Bréfritari: Sigríður Pálsdóttir
Viðtakandi: Páll Pálsson
Dagsetning: A-1845-01-18
Skrifað á: Síðumúla  Mýr.
Páll var bróðir Sigríðar

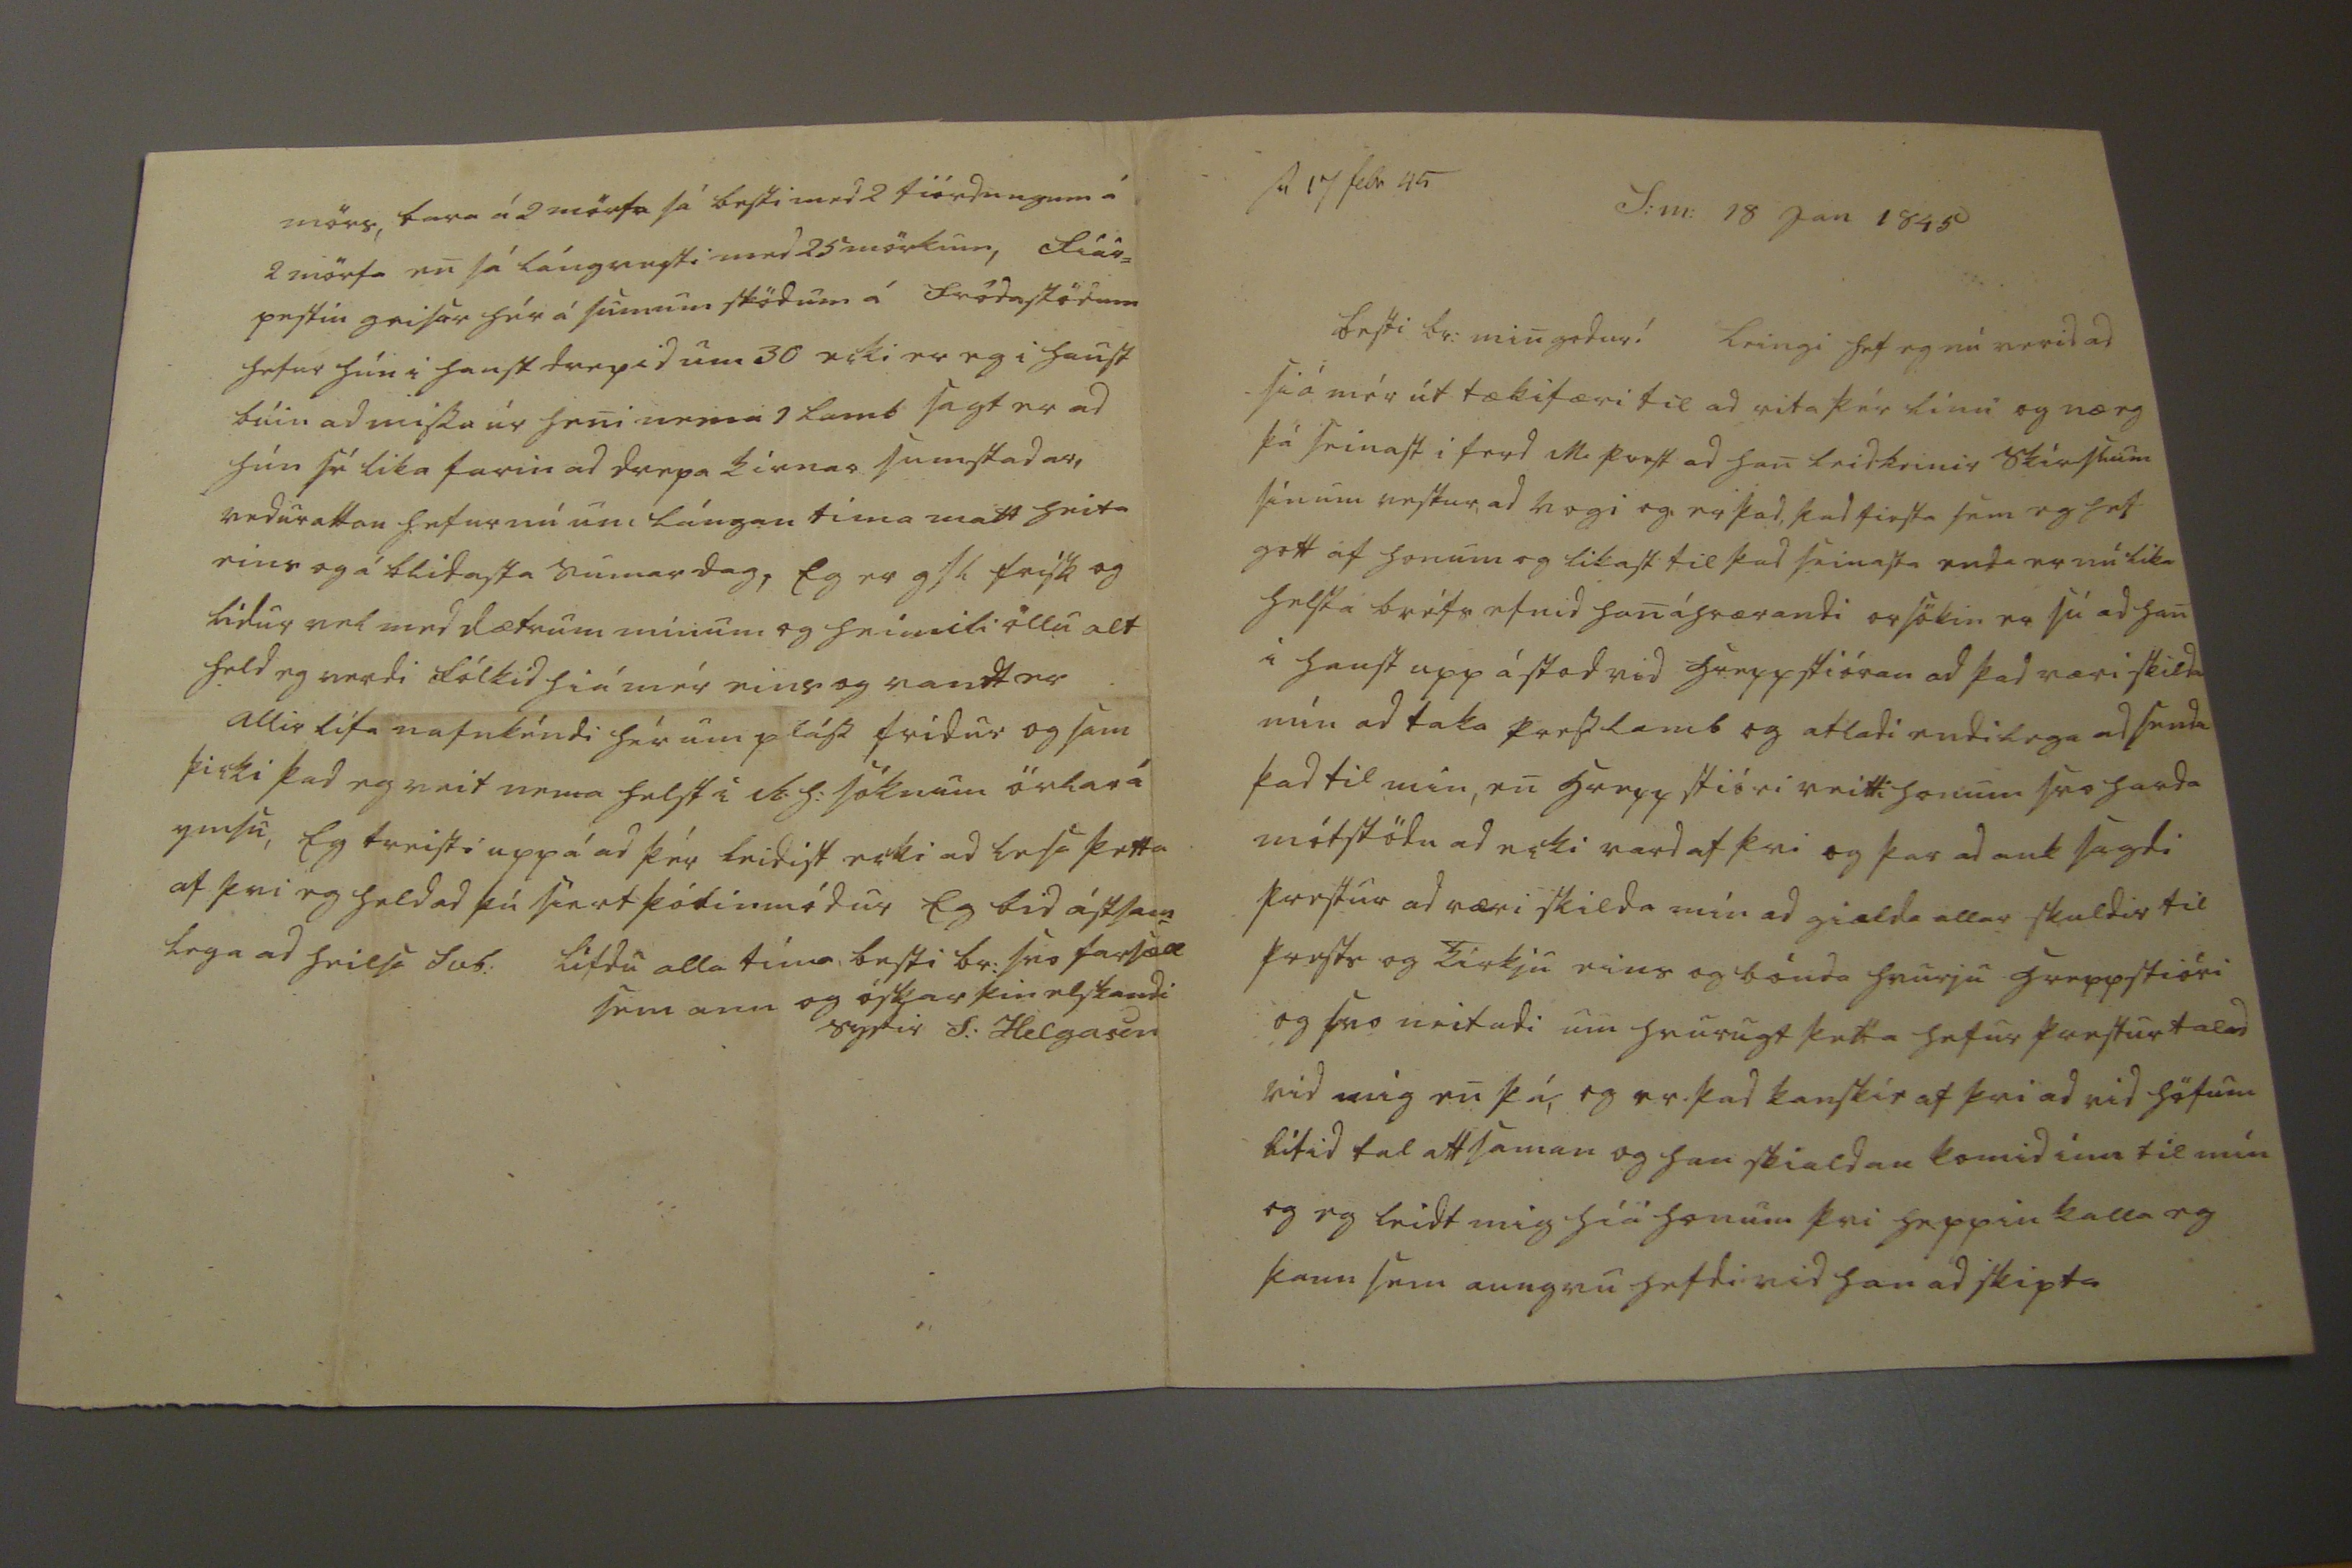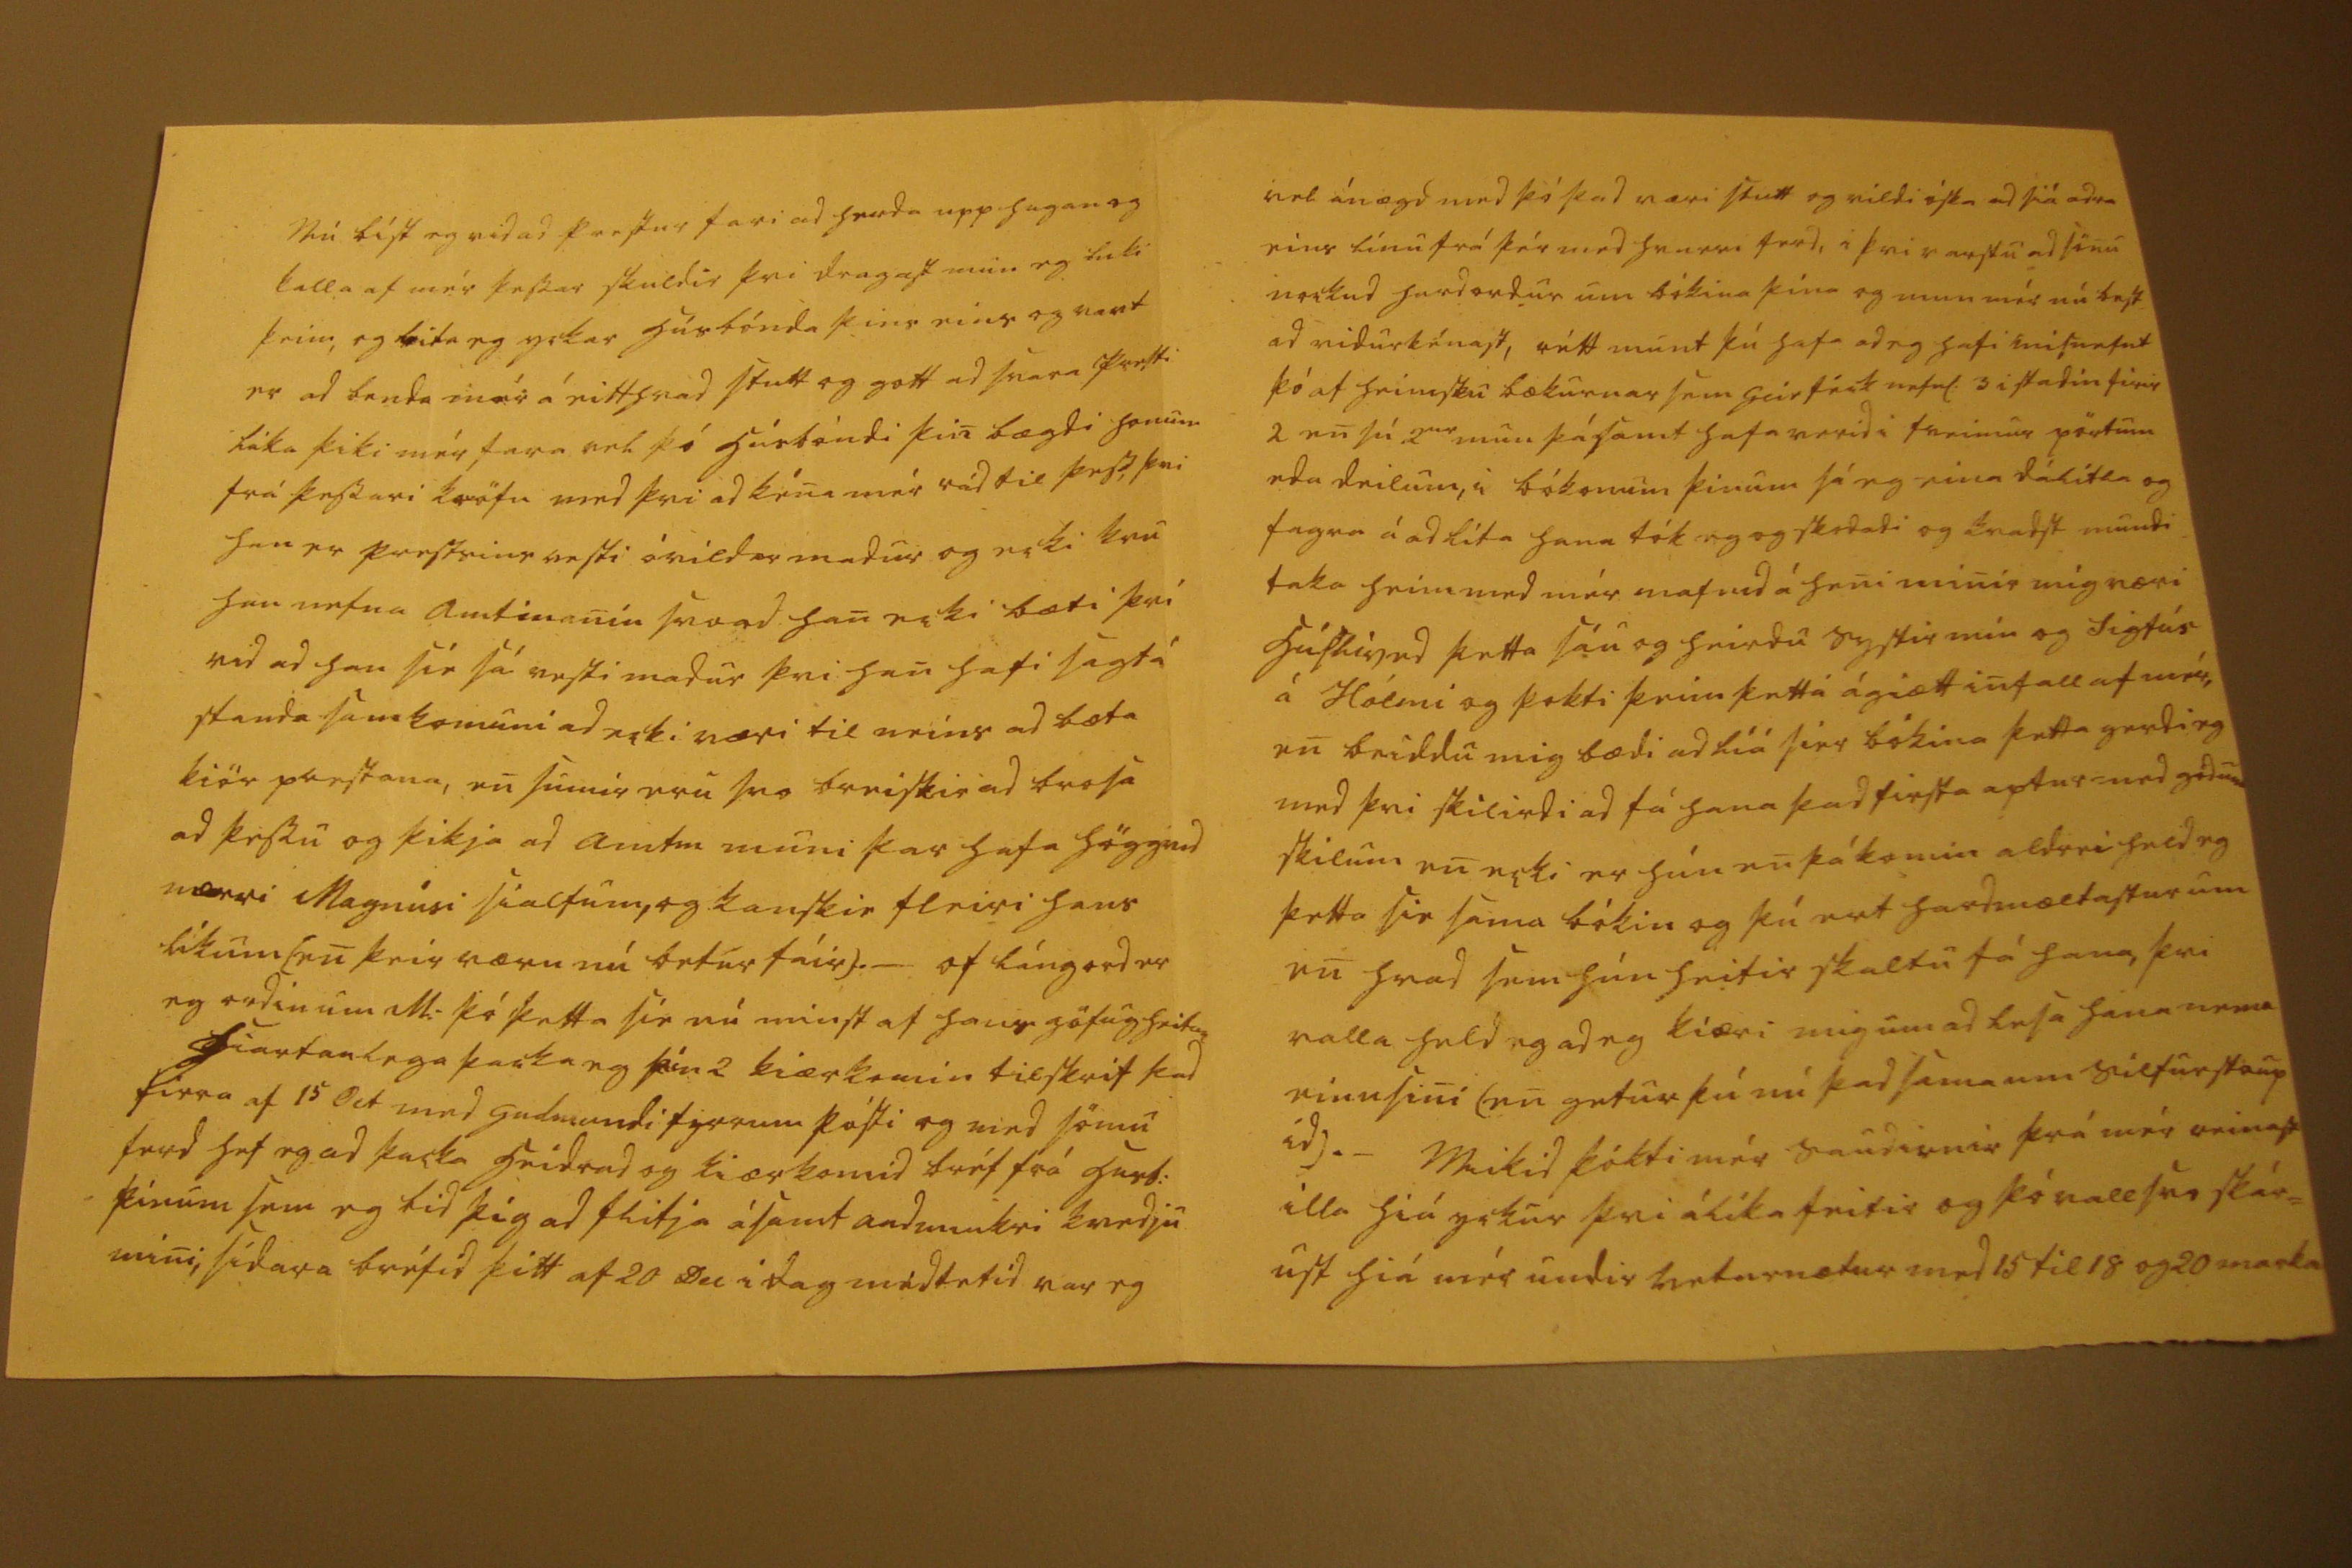

sv 17 febr 45 S:m: 18 Jan 1845
besti br: min godur! Leingi hef eg nú verid ad siá mér út tækifæri til ad rita þér línu og næ eg þá seinast i ferd M prest ad han leidbeinir skírslum sínum vestur ad vogi og er þad, þad firsta sem eg hef gott af honum og likast til þad seinasta enda er nú lika helsta bréfs efnid han áhrærandi orsökin er sú ad han i haust upp á stod vid hreppstióran ad þad væri skilda mín ad taka presslamb og atladi endilega ad senda þad til mín, en hreppstióri veitti honum svo harda mótstödu ad ecki vard af þvi og þar ad auk sagdi prestur ad væri skilda mín ad gialda allar skuldir til prests og kirkju eins og bónda hvurju hreppstióri og svo neitadi um hvurugt þetta hefur prestur talad vid mig en þá, og er þad kanskie af þvi ad vid höfum lítid tal att saman og han skialdan komid inn til mín og eg leidt mig hiá honum þvi heppin kalla eg þann sem aungvu hefdi vid han ad skipta
Nú bíst eg vid ad prestur fari ad herda upp hugan og kalla af mér þessar skuldir þvi dragast mun eg luki þeim, og leita eg yckar húsbónda þins eins og vant er ad benda mér á eitthvad stutt og gott ad svara presti lika þiki mér fara vel þó húsbóndi þin bægdi honum frá þessari kröfu med þvi ad kéna mér rád til þess, þvi han er prestsins vesti óvildar madur og ecki kvu han nefna ammanin svo ad han ecki bæti þvi vid ad han síe sá vesti madur þvi han hafi sagt á standa sem komuni ad ecki væri til neins ad bæta kiör prestana, en sumir eru svo breiskir ad brosa ad þessu og þikja ad amtm muni þar hafa högg
ud
nærri Magnúsi sialfum, og kanskie fleiri hans líkum (en þeir væru nú betur fáir)._ of lángerd er eg ordin um M: þó þetta síe nú minsta af hans göfugheitum Hiartanlega þacka eg þín 2 kiærkomin tilskrif þad firra af 15 Oct med Gudmundi fyrrum pósti og med sömu ferd hef eg ad þacka heidrad og kiærkomid bréf frá husb: þínum sem eg bid þig ad flitja ásamt audmiúkri kvedju mini, sídara bréfid þitt af 20 Dec i dag medtekid var eg
vel ánægd med þó þad væri stutt og vildi óska ad siá adra eins línu frá þér med hvurri ferd, i þvi varstu ad sinu nockud hardordur um bókina þína og mun mér nú best ad nidurkénast, rétt munt þú hafa ad eg hafi misnefnt þó af heimsku bækurnar sem Geir féck nefnl:3 i stadin firir 2 en sú 2
ur
mn þá samt hafa verid i tveimur pörtum eda deilum, i bókonum þinum sá eg eina dálitla og fagra á ad líta hana tók eg og skodadi og kvadst mundi taka heim med mér nafnid á heni minir mig væri hús
li0ud
þetta sáu og heirdu systir mín og Sigfús á Hólmi og þokti þeim þetta ágiætt infall af mér,, en beiddu mig bædi ad liá siér bókina þetta gerdi eg med þvi skilirdi ad fá hana þad firsta aptur med gódum skilum en ecki er hún en þá komin aldrei held eg þetta sie sama bókin og þú ert hardmæltastur um en hvad sem hún heitir skaltu fá hana, þvi valla held eg ad eg kiæri mig um ad lesa hana nema einusini (en getur þú nú þad sama um silfurstaup id)._ Mikid þókti mér saudirnir frá mér reinast illa hiá yckur þvi álíka feitir og þó vall svo skár= ust hiá mér undir veturnætur med 15 til 18 og 20 marka
mörs, fara á 2
mörsa
sá besti med 2 fiórdungum á 2 mörsa en sá lángvesti med 25 mörkum, Fiár= pestin geisar hér á sumum stödum á Fródastödum hefur hún i haust drepid um 30 ecki er eg i haust búin ad missa úr heni nema 1 lamb sagt er ad hún sé lika farin ad drepa kirnar sumstadar, vedurattan hefur nú um lángan tíma matt heita eins og á blidasta sumardag, Eg er gsl frisk og lidur vel med dætrum minum og heimili öllu alt held eg verdi fólkid hiá mér eins og vandt er allir lifa nafnkéndi hér um pláss fridur og sam þicki þad eg veit nema helst i R:h: söknum örlar á ymsu, Eg treisti uppá ad þér leidist ecki ad lesa þetta af þvi eg held ad þú siert þólinmódur Eg bid ástsam= lega ad heilsa Svb:
lifdu alla tíma, besti br: svo farsæll sem ann og óskar þin elskandi systir S: Helgasen